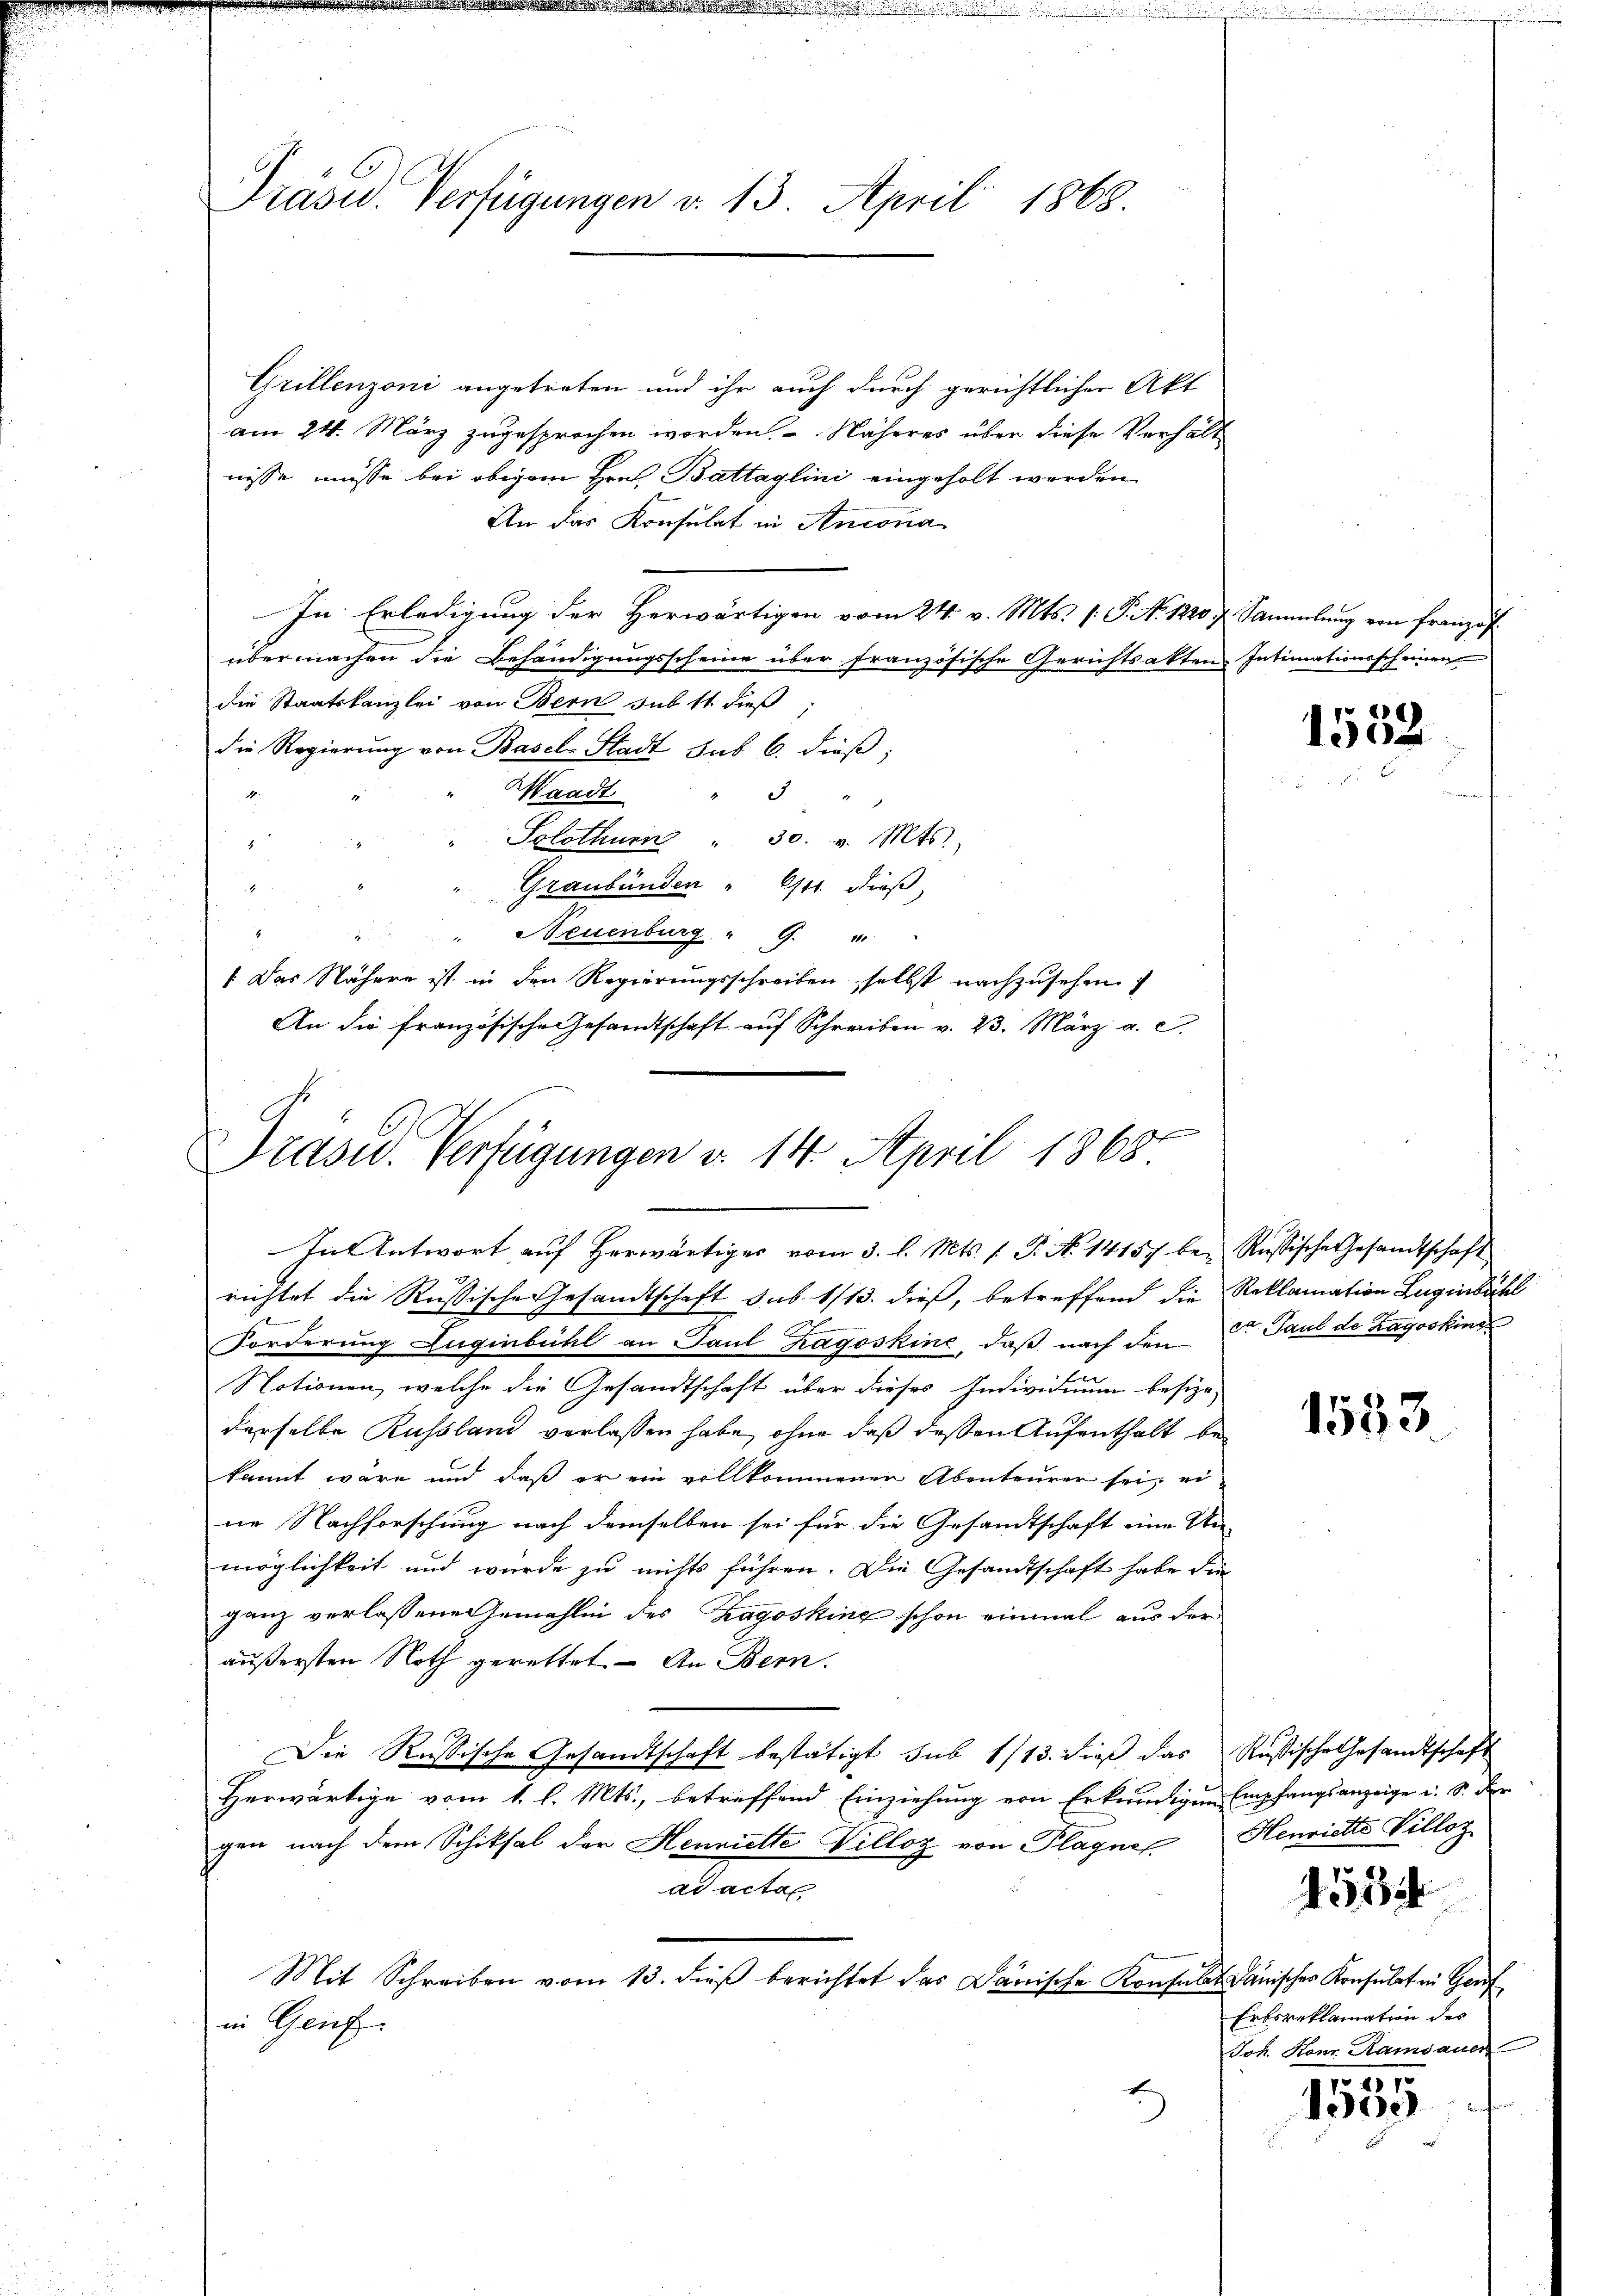
Präsid. Verfügungen v. 13. April 1868.

Grillenzoni angetreten und ihr auch durch gerichtlicher Akt
am 24. März zugesprochen worden. Näheres über diese Verhält
nisse müsse bei obigem Hrn. Battaglini eingeholt werden
An das Konsulat in Antona
In Erledigung der Herwärtigen vom 24. v. Mts. (T. No. 1220 f. Sammlung von Französ
übermachen die Behändigungsscheine über französische Gerichtsakten Intimationsscheinen
die Staatskanzlei von Bern sub 11. dieß,
die Regierung von Basel-Stadt sub 6. dieß;
Waadt
3
.
Solothurn " 30. v. Mts.
7
Graubünden " 611. dieß,
" Neuenburg " G.
1. Das Nähere ist in den Regierungsschreiben selbst nachzusehen
An die französische Gesandtschaft auf Schreiben v. 23. März a. c.

Präsid. Verfügungen v. 14. April 1868
In Antwort aŭf herwärtiges vom 3. l. Mts. f. P. N. 14157 be- Rußische Gesandtschaft

richtet die Rußische Gesandtschaft sub. 1/13. dieß, betreffend die Reklamation Zugenbühl
Forderung Luginbühl an Paul hagoskine, daß nach den Fr. Paul de Layoskind
Notionen, welche die Gesandtschaft über dieses Individuum besize-
derselbe Russland verlassen habe, ohne daß deßen Aufenthalt bekannt wäre und daß er ein vollkommenen Abenteurer sei, eine Nachforschung nach demselben sei für die Gesandtschaft eine Un-
möglichkeit und wurde zu nichts führen. Die Gesandtschaft habe die
ganz verlassene Gemahlen des Tagoskine schon einmal aus der
äußersten Noth gerettet. - An Bern.
Die Russische Gesandtschaft bestätigt sub 1/13. dieß das Rußische Gesandtschaft
Herwärtige vom 1. l. Mts., betreffend Einziehung von Erkundigen Empfangsanzeige u. S. der
gen nach dem Schiksal der Henriette Villog von Plagner Henriette Villog
ad acta
Mit Schreiben vom 13. dieβ berichtet das Dänische Konsulat danischer Konsulat in Genf
in Genf

10

1533

1534

Erbsreklamation des
Joh. Konr. Ramsauer

370
1500